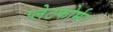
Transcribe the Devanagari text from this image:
प्लेटफोर्मर